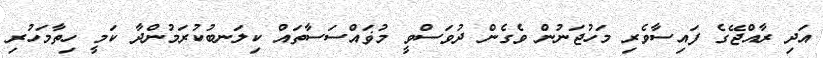
އަދި ރާއްޖޭގެ ފައިސާވެރި މަހުޖަނުން ވެގެން ދުވަސްވީ މުޥައްސަސާތައް ކިލަނބުކުރަމުންދާ ކަމީ ހިތާމަހުރި